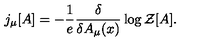
j _ { \mu } [ A ] = - \frac { 1 } { e } \frac { \delta } { \delta A _ { \mu } ( x ) } \log { \cal { Z } } [ A ] .